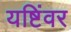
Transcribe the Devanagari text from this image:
यष्टिंवर